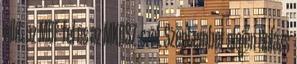
állít az MDF-fel és az MKDSZ-szel. Szeptember elején Balázs